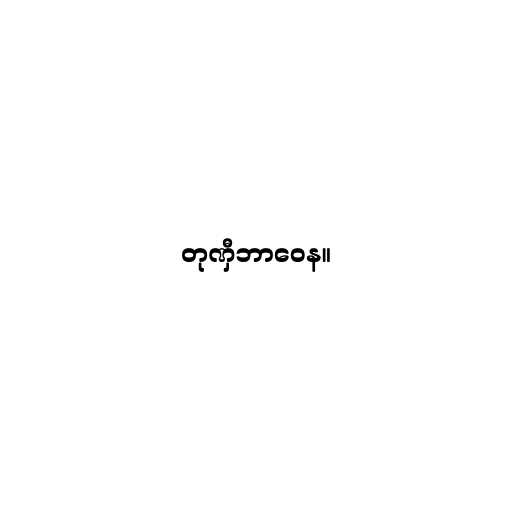
တုဏှီဘာဝေန။